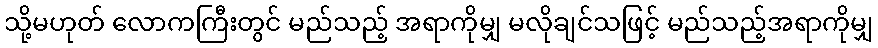
သို့မဟုတ် လောကကြီးတွင် မည်သည့် အရာကိုမျှ မလိုချင်သဖြင့် မည်သည့်အရာကိုမျှ